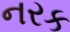
નરક